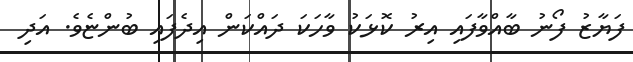
ފަޔާޒު ފޯނު ބާއްވާފައި އިރު ކޮޅަކު ވާހަކަ ދައްކަން އިދެފައި ބުންޏެވެ. އަދި